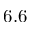
6 . 6